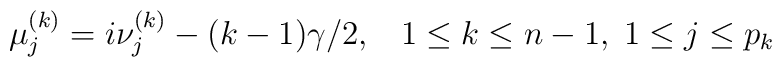
\mu^{(k)}_{j}=i\nu^{(k)}_{j}-(k-1)\gamma/2,\;\;\;1\leq k\leq n-1,\;1\leq j\leq p_{k}